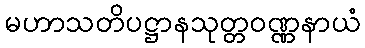
မဟာသတိပဋ္ဌာနသုတ္တဝဏ္ဏနာယံ